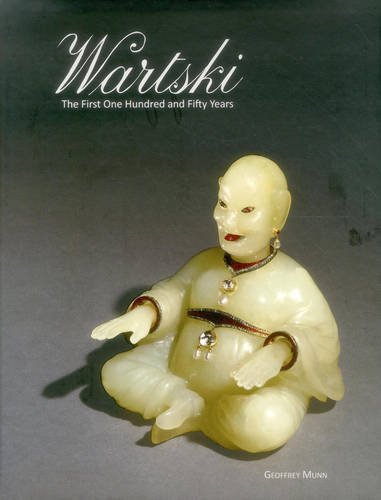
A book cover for Wartski: The First 150 Years; Geoffrey C Munn; Crafts, Hobbies & Home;